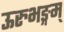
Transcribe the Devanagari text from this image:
ऊरुभङ्गम्